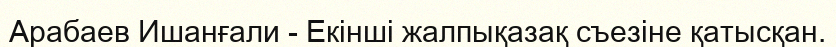
Арабаев Ишанғали - Екінші жалпықазақ съезіне қатысқан.